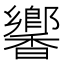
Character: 𬳧